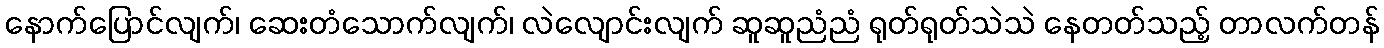
နောက်ပြောင်လျက်၊ ဆေးတံသောက်လျက်၊ လဲလျောင်းလျက် ဆူဆူညံညံ ရုတ်ရုတ်သဲသဲ နေတတ်သည့် တာလက်တန်